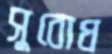
সুবোধ